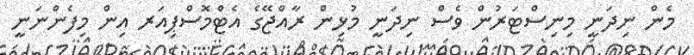
މެން ނިދަނީ މިނިސްޓަރުން ވެސް ނިދަނީ މުޅިން ރާއްޖޭގެ އެޓްމޮސްޕިއަރ އިން މިފެންނަނީ